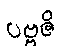
ပဗ္ဗဇိ